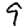
Digit: 9